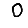
Digit: 0